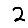
Digit: 2